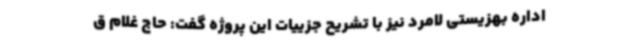
اداره بهزیستی لامرد نیز با تشریح جزییات این پروژه گفت: حاج غلام ق